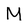
Character: M